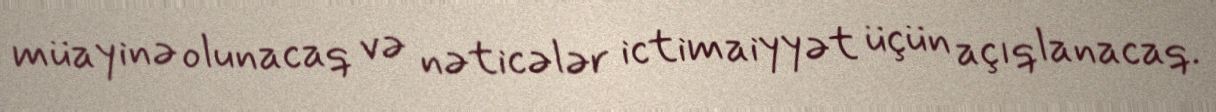
müayinə olunacaq və nəticələr ictimaiyyət üçün açıqlanacaq.